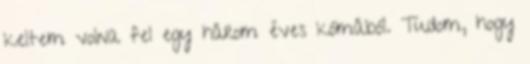
keltem volna fel egy három éves kómából. Tudom, hogy